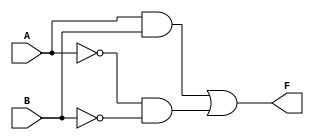
module two_variable_kmap (
    input wire A,  // First input variable
    input wire B,  // Second input variable
    output wire F  // Output variable
);

// Define the K-map logic using a combinational logic approach
assign F = (A & B) | (~A & ~B); // Example logic: F = A AND B OR NOT A AND NOT B

endmodule